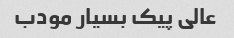
عالی پیک بسیار مودب